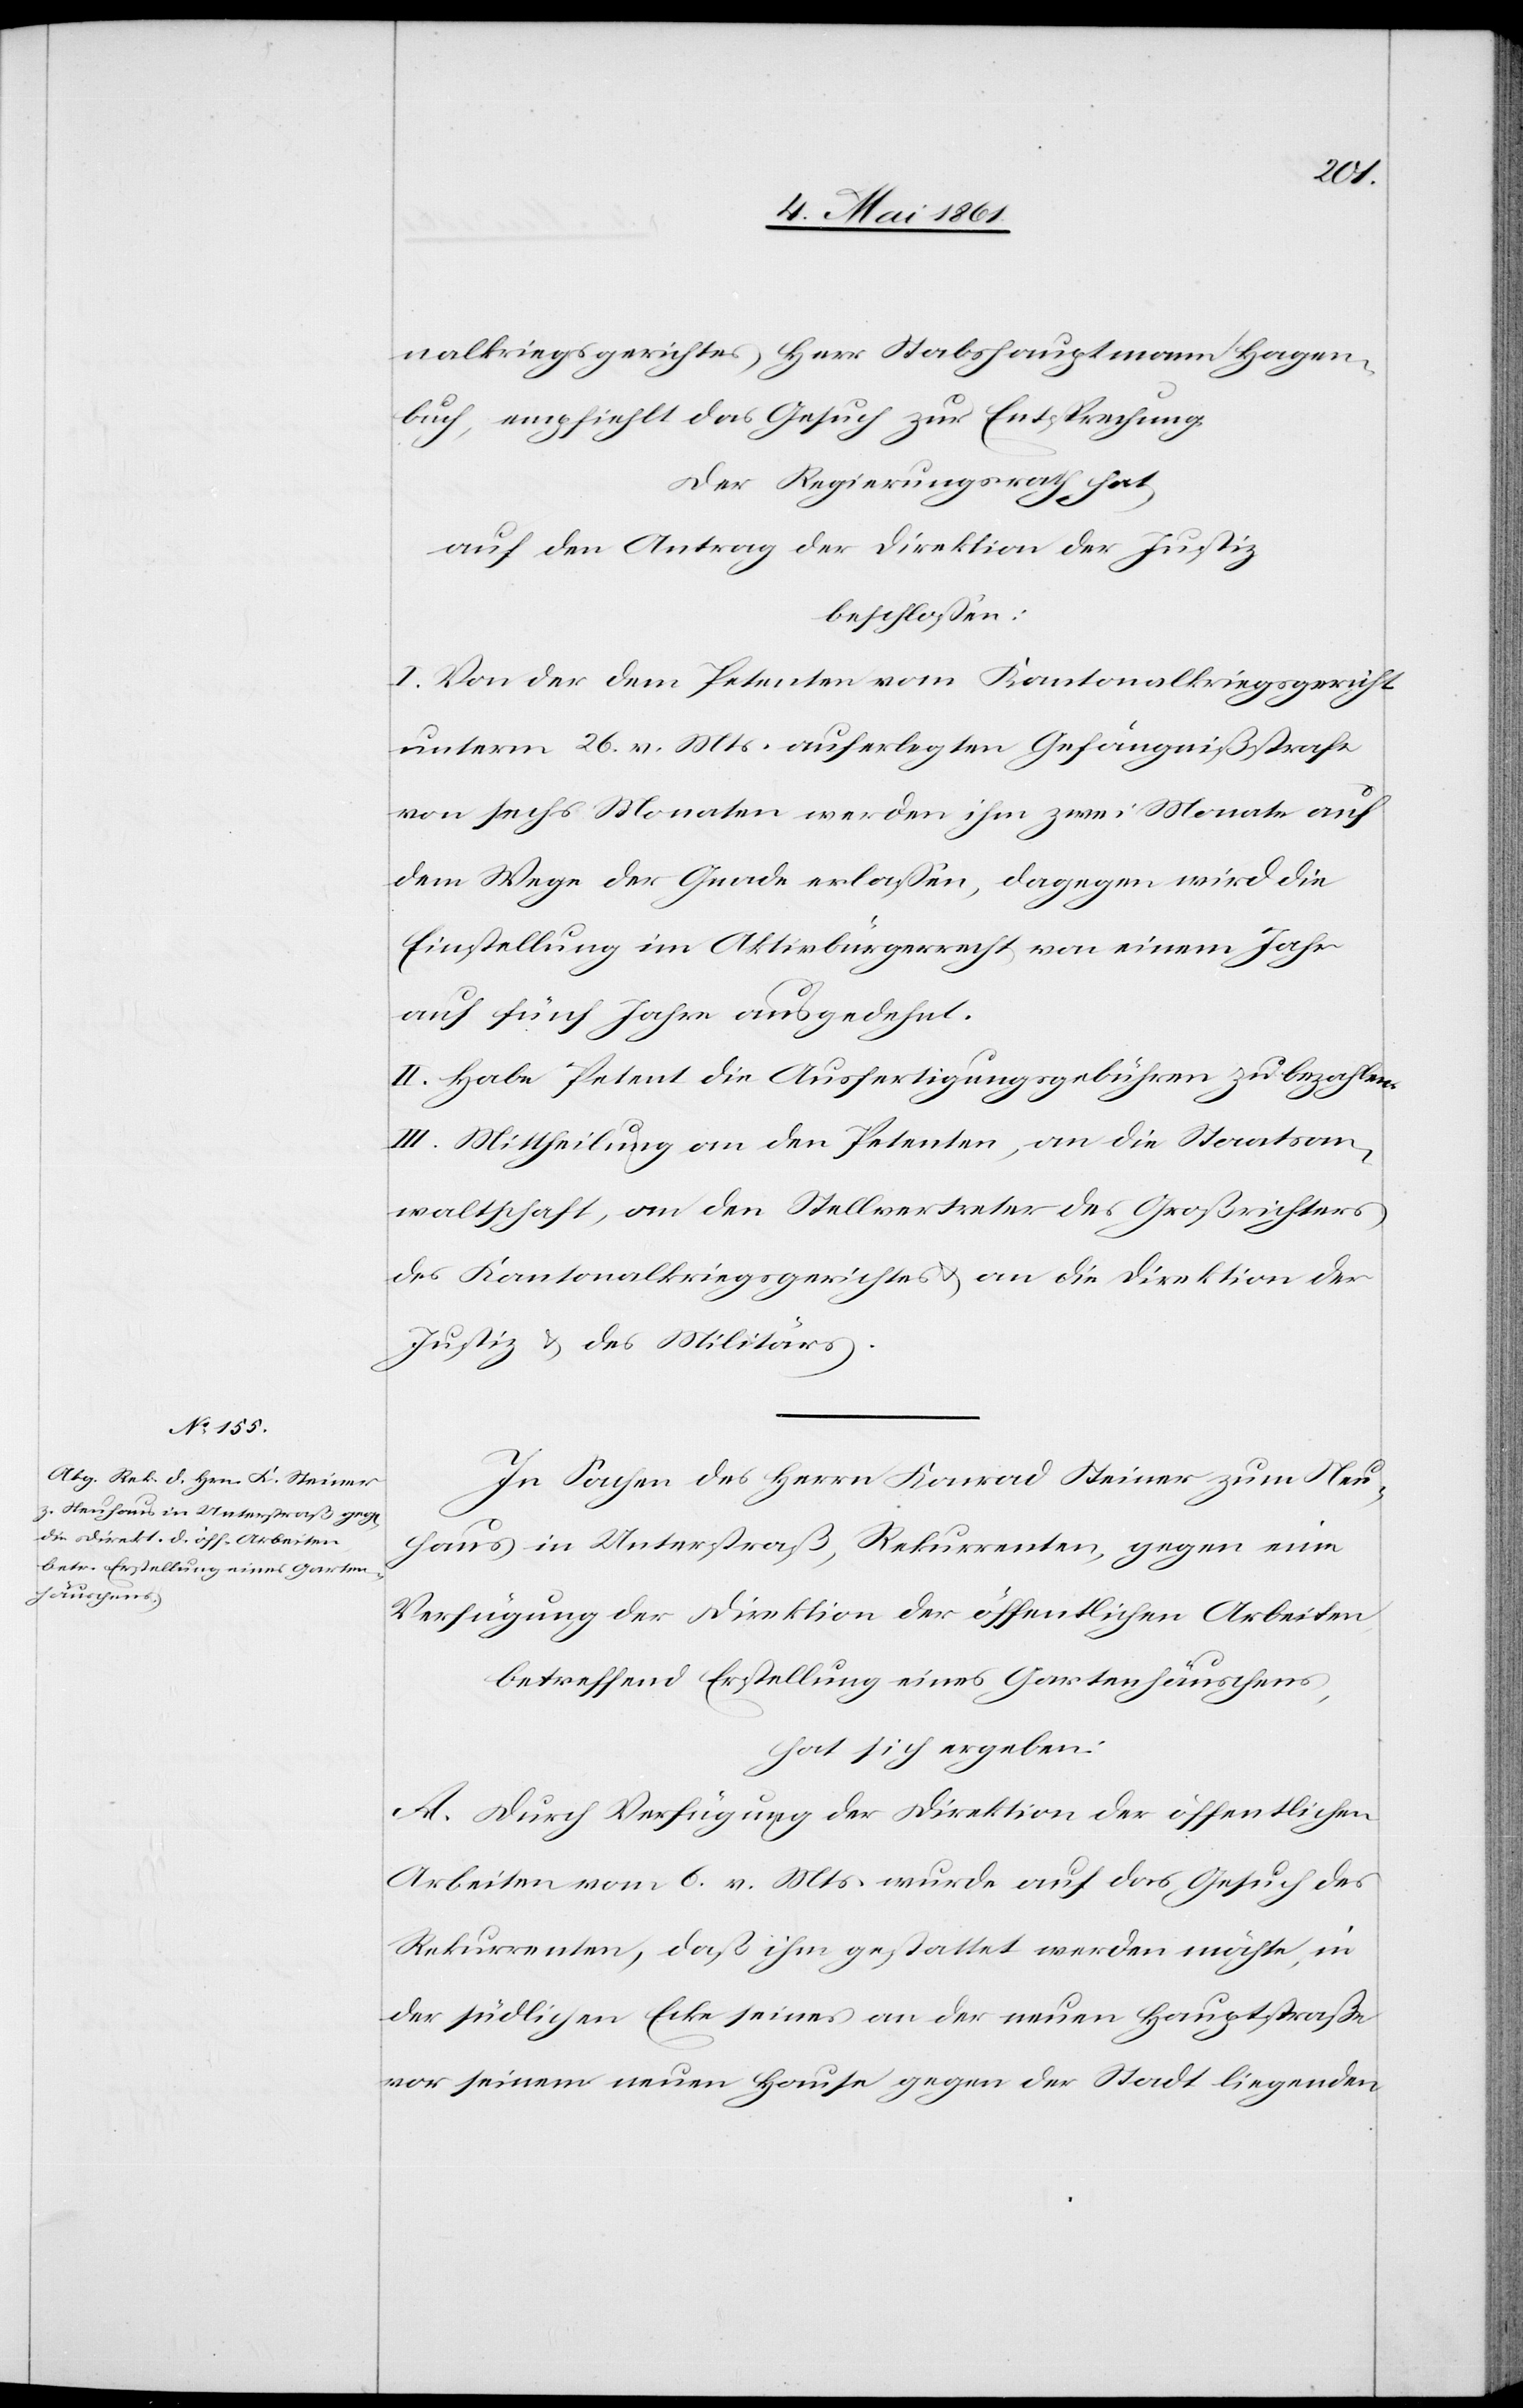
nalkriegsgerichtes, Herr Stabshauptmann Hagen¬
buch, empfiehlt das Gesuch zur Entsprechung.
Der Regierungsrath hat,
auf den Antrag der Direktion der Justiz
beschlossen:
I. Von der dem Petenten vom Kantonalkriegsgericht
unterm 26. v. Mts. auferlegten Gefängnißstrafe
von sechs Monaten werden ihm zwei Monate auf
dem Wege der Gnade erlassen, dagegen wird die
Einstellung im Aktivbürgerrecht von einem Jahr
auf fünf Jahre ausgedehnt.
II. Habe Petent die Ausfertigungsgebühren zu bezahlen.
III. Mittheilung an den Petenten, an die Staatsan¬
waltschaft, an die Stellvertreter des Großrichters
des Kantonalkriegsgerichtes u. an die Direktion der
Justiz u. des Militärs.
In Sachen des Herrn Konrad Steiner zum Neu¬
haus in Unterstraß, Rekurrenten, gegen eine
Verfügung der Direktion der öffentlichen Arbeiten,
betreffend Erstellung eines Gartenhäuschens,
hat sich ergeben:
A. Durch Verfügung der Direktion der öffentlichen
Arbeiten vom 6. v. Mts. wurde auf das Gesuch des
Rekurrenten, daß ihm gestattet werden möchte, in
der südlichen Ecke seines an der neuen Hauptstraße
vor seinem neuen Hause gegen der Stadt liegenden